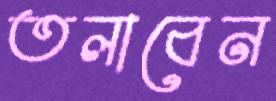
তলাবেন